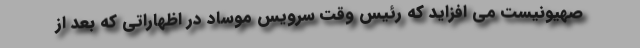
صهیونیست می ‌افزاید که رئیس وقت سرویس موساد در اظهاراتی که بعد از